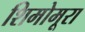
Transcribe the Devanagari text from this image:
शिमोमूरा